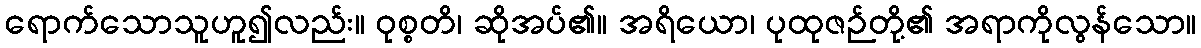
ရောက်သောသူဟူ၍လည်း။ ဝုစ္စတိ၊ ဆိုအပ်၏။ အရိယော၊ ပုထုဇဉ်တို့၏ အရာကိုလွန်သော။